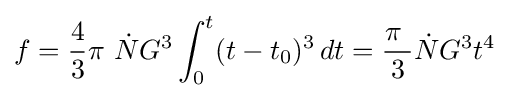
f={\frac {4}{3}}\pi \ {\dot {N}}G^{3}\int _{0}^{t}(t-t_{0})^{3}\,dt={\frac {\pi \ }{3}}{\dot {N}}G^{3}t^{4}\,\!